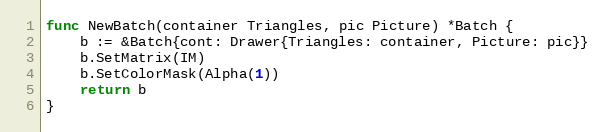
Language: Go
func NewBatch(container Triangles, pic Picture) *Batch {
	b := &Batch{cont: Drawer{Triangles: container, Picture: pic}}
	b.SetMatrix(IM)
	b.SetColorMask(Alpha(1))
	return b
}